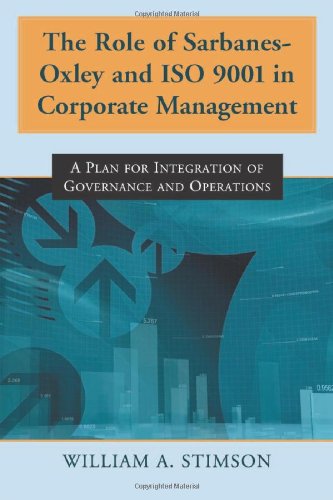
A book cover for The Role of Sarbanes-Oxley and ISO 9001 in Corporate Management: A Plan for Integration of Governance and Operations; William A. Stimson; Business & Money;